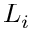
L _ { i }